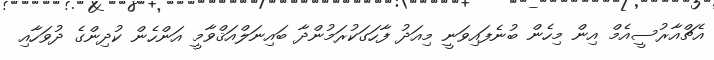
އެޗްއާރުސީއެމް އިން މިހެން ބުނެފައިވަނީ މިއަދު ފާހަގަކުރަމުންދާ ބައިނަލްއަޤްވާމީ އަންހެން ކުދިންގެ ދުވަހާއި